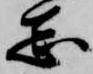
志